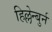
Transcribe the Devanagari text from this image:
हिल्लेन्बुर्न